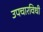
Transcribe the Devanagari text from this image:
उपचारविधी